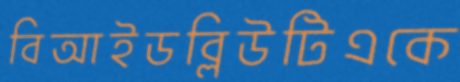
বিআইডব্লিউটিএকে